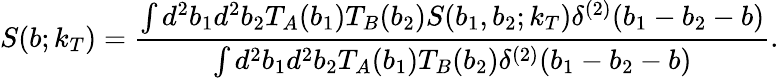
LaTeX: S(b;k_{T})=\frac{\int d^{2}b_{1}d^{2}b_{2}T_{A}(b_{1})T_{B}(b_{2})S(b_{1},b_{2};k_{T})\delta^{(2)}(b_{1}-b_{2}-b)}{\int d^{2}b_{1}d^{2}b_{2}T_{A}(b_{1})T_{B}(b_{2})\delta^{(2)}(b_{1}-b_{2}-b)}.